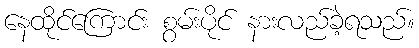
နေထိုင်ကြောင်း စွမ်းပိုင် နားလည်ခဲ့ရသည်။